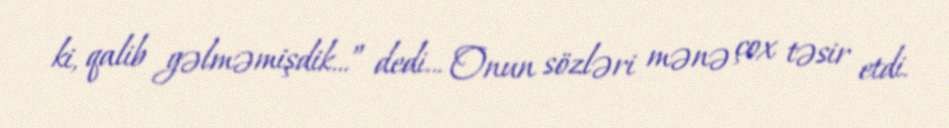
ki, qalib gəlməmişdik...” dedi... Onun sözləri mənə çox təsir etdi.